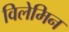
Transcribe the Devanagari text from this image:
विलेमिन